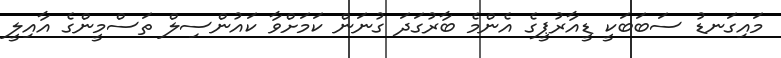
މައިގަނޑު ސަބަބަކީ ޑީއާރުޕީގެ އެންމެ ބާރުގަދަ ގުނަން ކަމަށްވާ ކައުންސިލް ތަސްމީންގެ އާއިލީ